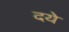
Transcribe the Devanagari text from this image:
दये